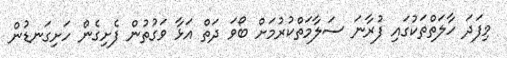
މިފަދަ ހާލަތްތަކުގައި ފުރާނަ ސަލާމަތްކުރުމަށް ބޯވަ ދަތް އަޅާ ވަގުތުން ފެށިގެން ހަށިގަނޑުން